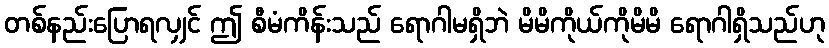
တစ်နည်းပြောရလျှင် ဤ စီမံကိန်းသည် ရောဂါမရှိဘဲ မိမိကိုယ်ကိုမိမိ ရောဂါရှိသည်ဟု